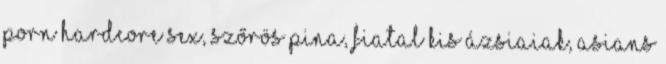
porn hardcore sex, szőrös pina, fiatal kis ázsiaiak, asians